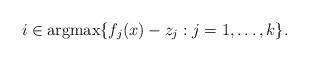
LaTeX: \begin{align*} i \in \mathrm{argmax}\{f_j(x) - z_j: j = 1, \dots, k\}. \end{align*}